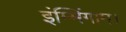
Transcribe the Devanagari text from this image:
इंम्मिंगाम।